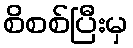
စိစစ်ပြီးမှ